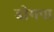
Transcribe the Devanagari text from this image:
डोगपा